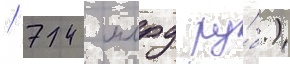
/ 742 млрд ру́б.)